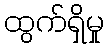
ထွက်ရှိမှု